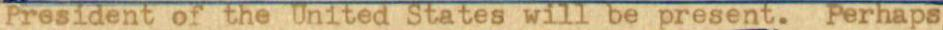
President of the United States will be present. Perhaps